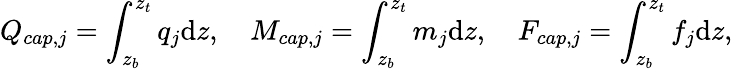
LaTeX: Q_{cap,j}=\int_{z_{b}}^{z_{t}}q_{j}\textnormal{d}z,\quad M_{cap,j}=\int_{z_{b}}^{z_{t}}m_{j}\textnormal{d}z,\quad F_{cap,j}=\int_{z_{b}}^{z_{t}}f_{j}\textnormal{d}z,